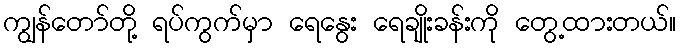
ကျွန်တော်တို့ ရပ်ကွက်မှာ ရေနွေး ရေချိုးခန်းကို တွေ့ထားတယ်။